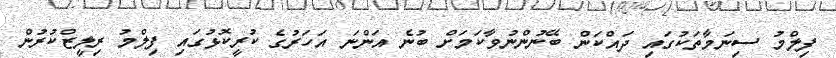
ފިލްމު ސިނަމާތަކުގައި ދައްކަން ބޭނުންނުވާކަމަށް ބުނެ އަންނަ އަހަރުގެ ކުރީކޮޅުގައި ފިލްމު ރިލީޒްކުރުން